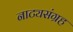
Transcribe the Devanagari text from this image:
नाट्यसंग्रह